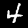
Label: 4